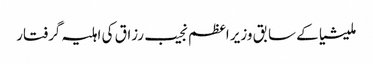
ملیشیا کے سابق وزیر اعظم نجیب رزاق کی اہلیہ گرفتار